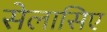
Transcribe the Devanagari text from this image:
सेलासिए